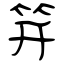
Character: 笄